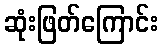
ဆုံးဖြတ်ကြောင်း